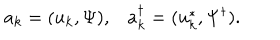
a _ { k } = ( u _ { k } , \Psi ) , a _ { k } ^ { \dagger } = ( u _ { k } ^ { * } , \Psi ^ { \dagger } ) .